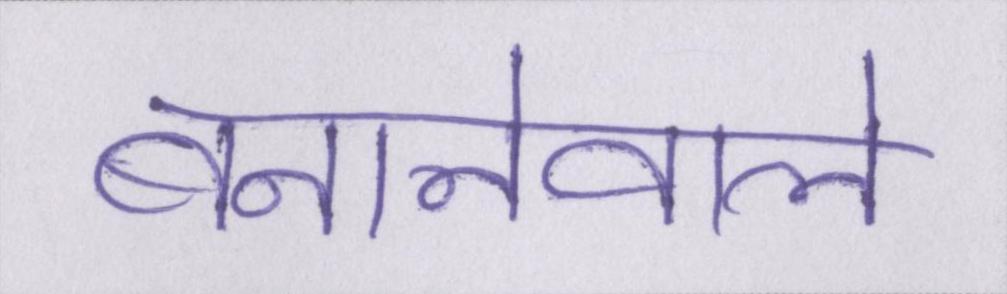
बनानेवाले